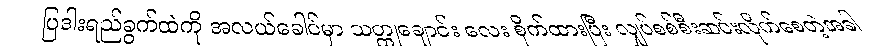
ပြဒါးရည်ခွက်ထဲကို အလယ်ခေါင်မှာ သတ္ထုချောင်း လေး စိုက်ထားပြီး လျှပ်စစ်စီးဆင်းလိုက်စေတဲ့အခါ